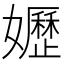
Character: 𡤌